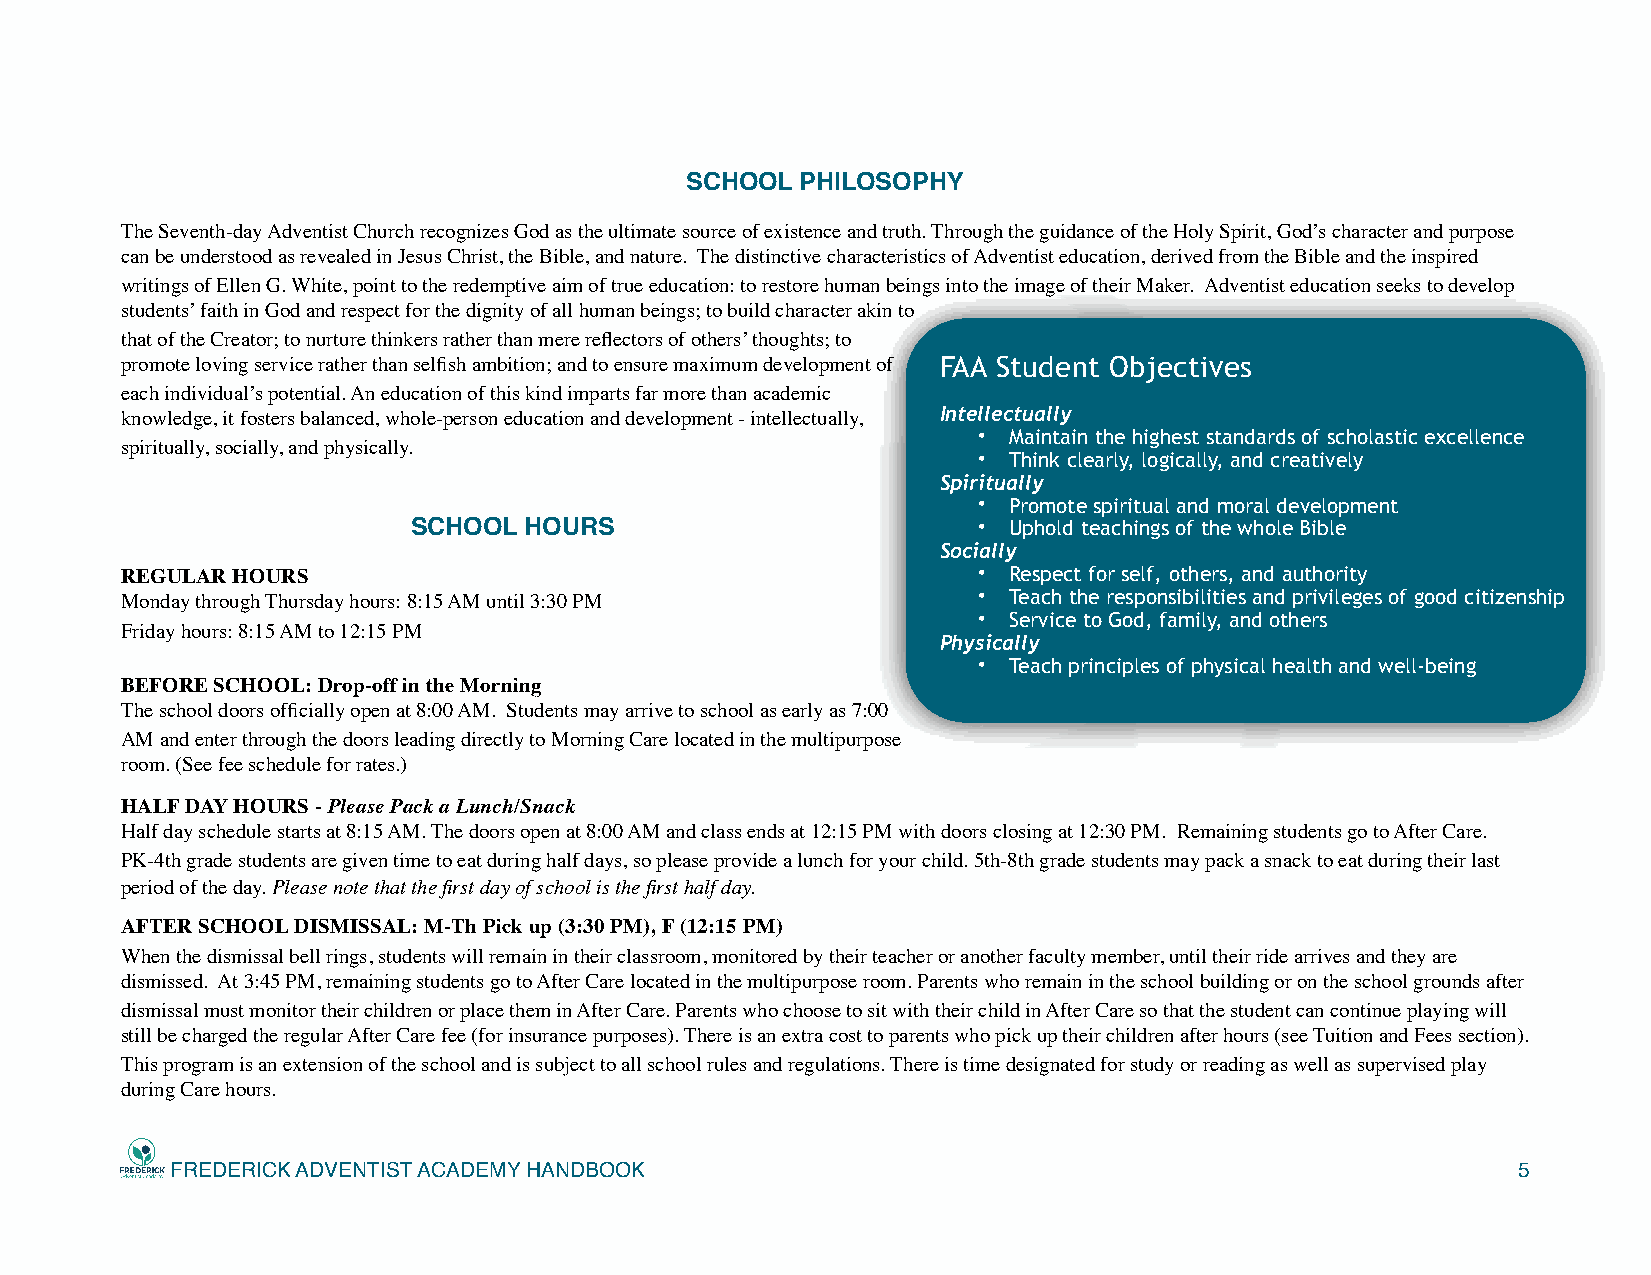
SCHOOL  PHILOSOPHY
 The Seventh-day Adventist Church recognizes God as the ultimate source of existence and truth. Through the guidance of the Holy Spirit, God’s character and purpose
 can be understood as revealed in Jesus Christ, the Bible, and nature. The distinctive characteristics of Adventist education, derived from the Bible and the inspired
 writings of Ellen G. White, point to the redemptive aim of true education: to restore human beings into the image of their Maker. Adventist education seeks to develop
 students’ faith in God and respect for the dignity of all human beings; to build character akin to
 that of the Creator; to nurture thinkers rather than mere reflectors of others’ thoughts; to
 promote loving service rather than selfish ambition; and to ensure maximum development of FAA Student Objectives
 each individual’s potential. An education of this kind imparts far more than academic
 knowledge, it fosters balanced, whole-person education and development - intellectually, Intellectually
 • Maintain the highest standards of scholastic excellence
 spiritually, socially, and physically.
 • Think clearly, logically, and creatively
 Spiritually
 • Promote spiritual and moral development
 SCHOOL  HOURS                         • Uphold teachings of the whole Bible
 Socially
 REGULAR HOURS                                            • Respect for self, others, and authority
 Monday through Thursday hours: 8:15 AM until 3:30 PM     • Teach the responsibilities and privileges of good citizenship
 • Service to God, family, and others
 Friday hours: 8:15 AM to 12:15 PM
 Physically
 • Teach principles of physical health and well-being
 BEFORE SCHOOL: Drop-off in the Morning
 The school doors officially open at 8:00 AM. Students may arrive to school as early as 7:00
 AM and enter through the doors leading directly to Morning Care located in the multipurpose
 room. (See fee schedule for rates.)
 HALF DAY HOURS - Please Pack a Lunch/Snack
 Half day schedule starts at 8:15 AM. The doors open at 8:00 AM and class ends at 12:15 PM with doors closing at 12:30 PM. Remaining students go to After Care.
 PK-4th grade students are given time to eat during half days, so please provide a lunch for your child. 5th-8th grade students may pack a snack to eat during their last
 period of the day. Please note that the first day of school is the first half day.
 AFTER SCHOOL DISMISSAL: M-Th Pick up (3:30 PM), F (12:15 PM)
 When the dismissal bell rings, students will remain in their classroom, monitored by their teacher or another faculty member, until their ride arrives and they are
 dismissed. At 3:45 PM, remaining students go to After Care located in the multipurpose room. Parents who remain in the school building or on the school grounds after
 dismissal must monitor their children or place them in After Care. Parents who choose to sit with their child in After Care so that the student can continue playing will
 still be charged the regular After Care fee (for insurance purposes). There is an extra cost to parents who pick up their children after hours (see Tuition and Fees section).
 This program is an extension of the school and is subject to all school rules and regulations. There is time designated for study or reading as well as supervised play
 during Care hours.
 FREDERICK ADVENTIST ACADEMY HANDBOOK                                                     5